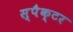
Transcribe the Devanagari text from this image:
स्पैक्टर